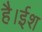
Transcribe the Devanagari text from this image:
है।ईश